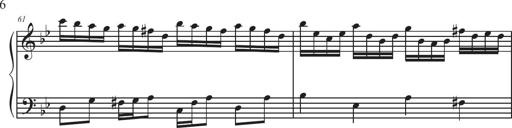
Title: Sonatina Espania
Composer: Jerald Franklin Archer
Key: Various